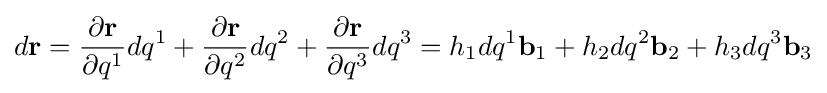
d\mathbf {r} ={\dfrac {\partial \mathbf {r} }{\partial q^{1}}}dq^{1}+{\dfrac {\partial \mathbf {r} }{\partial q^{2}}}dq^{2}+{\dfrac {\partial \mathbf {r} }{\partial q^{3}}}dq^{3}=h_{1}dq^{1}\mathbf {b} _{1}+h_{2}dq^{2}\mathbf {b} _{2}+h_{3}dq^{3}\mathbf {b} _{3}